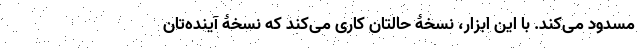
مسدود می‌کند. با این ابزار، نسخۀ حالتان کاری می‌کند که نسخۀ آینده‌تان